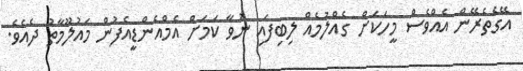
އޭގެތެރޭން އެއްވެސް މީހަކަށް ގެއްލުމެއް ލިބިފައި ނުވާ ކަމަށް އެމްއެންޑީއެފުން މައުލޫމާތު ދެއެވެ.